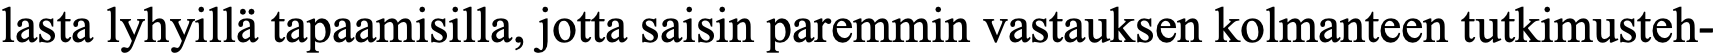
lasta lyhyillä tapaamisilla, jotta saisin paremmin vastauksen kolmanteen tutkimusteh-